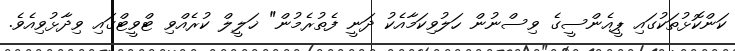
ކަންކޮޅުތަކުގައި ޕީއެންސީގެ ވިސްނުން ހަލުވިކަމާއެކު ދަނީ ފެތުރެމުން" ޚަލީލް ކުރެއްވި ޓްވީޓްގައި ވިދާޅުވިއެވެ.